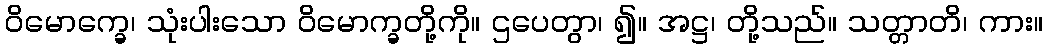
ဝိမောက္ခေ၊ သုံးပါးသော ဝိမောက္ခတို့ကို။ ဌပေတွာ၊ ၍။ အဋ္ဌ၊ တို့သည်။ သတ္တာတိ၊ ကား။